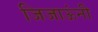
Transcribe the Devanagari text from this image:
जिजाऊंनी